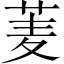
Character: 𮏀